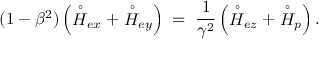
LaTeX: ( 1 - \beta ^ { 2 } ) \left( \stackrel { \circ } { \cal H } _ { e x } + \stackrel { \circ } { \cal H } _ { e y } \right) \; = \; \frac { 1 } { \gamma ^ { 2 } } \left( \stackrel { \circ } { \cal H } _ { e z } + \stackrel { \circ } { \cal H } _ { p } \right) .